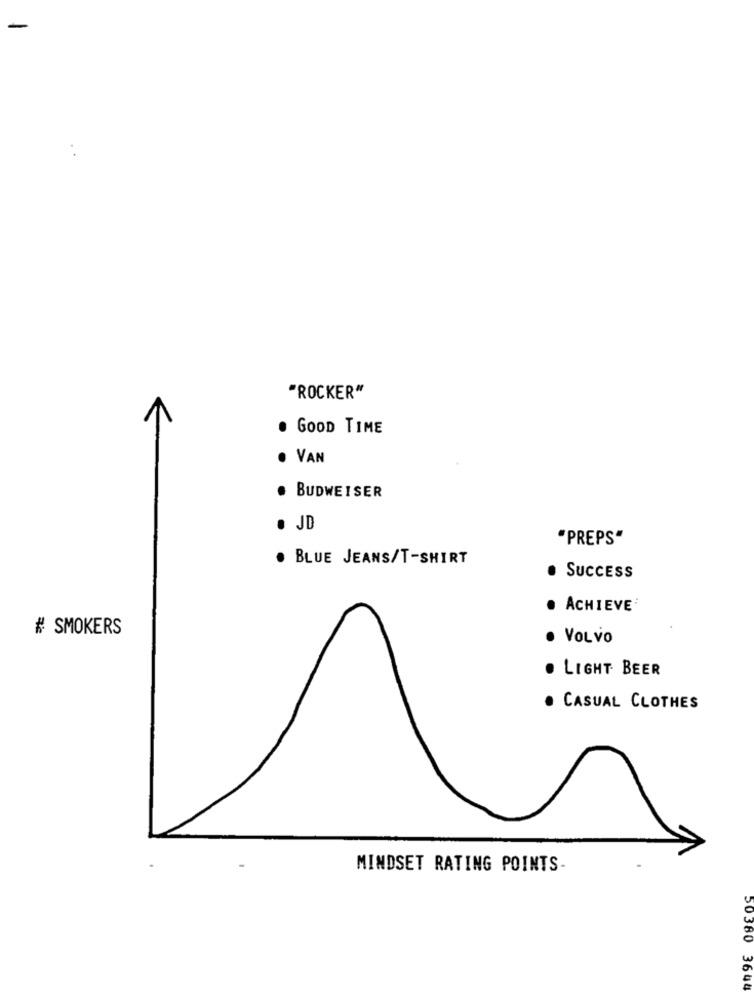
"ROCKER"
. GOOD TIME
· VAN
BUDWEISER
· JD
"PREPS"
BLUE JEANS/T-SHIRT
SUCCESS
· ACHIEVE
# SMOKERS
VOLVO
. LIGHT BEER
CASUAL CLOTHES
MINDSET RATING POINTS
50380 3644